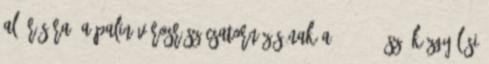
aláírására. a Palin városrész csatornázásának a 4 1999. sz. közgyűlési